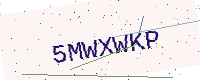
Text: 5MWXWKP